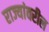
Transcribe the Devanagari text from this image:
राज्यांवरील